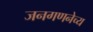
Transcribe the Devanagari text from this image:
जनगणनेच्य